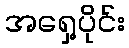
အရှေ့ပိုင်း